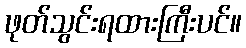
ဖုတ်သွင်းရထားကြီးပင်။